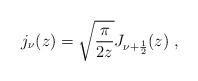
LaTeX: \begin{align*}j_\nu(z)=\sqrt{\frac{\pi}{2z}}J_{\nu+\frac{1}{2}}(z)\;,\end{align*}